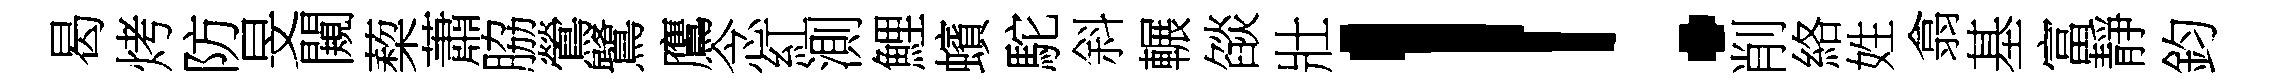
曷烤防旻闚蔾蕭脇鶯鷺鷹念紅測鯉蠙駝斜輾燄壯！削絡姓翕基富靜鈞